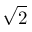
\sqrt 2